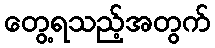
တွေ့ရသည့်အတွက်